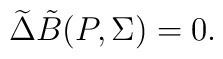
\widetilde {\Delta} {\tilde{B}}(P,{\Sigma })=0.